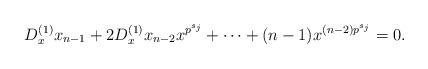
LaTeX: \begin{align*}D_x^{(1)}x_{n-1}+2D_x^{(1)}x_{n-2}x^{p^{s_j}}+\cdots+(n-1)x^{(n-2)p^{s_j}}=0.\end{align*}